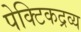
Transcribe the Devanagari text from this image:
पेक्टिकद्रव्य